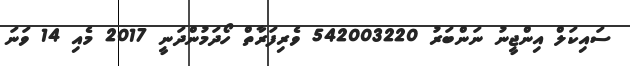
ސައިކަލް އިންޖީނު ނަންބަރު 542003220 ވެރިފަރާތް ހޯދަމުންދަނީ 2017 މެއި 14 ވަނަ